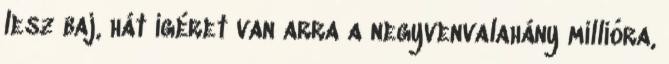
lesz baj, hát ígéret van arra a negyvenvalahány millióra,